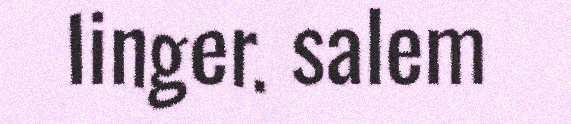
linger. salem